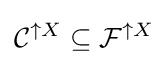
{\mathcal {C}}^{\uparrow X}\subseteq {\mathcal {F}}^{\uparrow X}